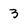
Character: 3